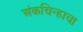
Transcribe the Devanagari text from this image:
अंकचिन्हाचा